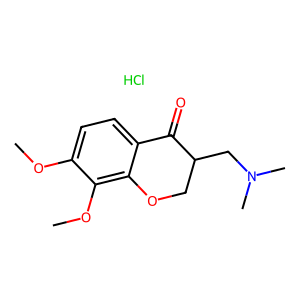
SMILES: COc1ccc2c(c1OC)OCC(CN(C)C)C2=O.Cl
Inhibits HIV replication: No